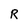
Character: R